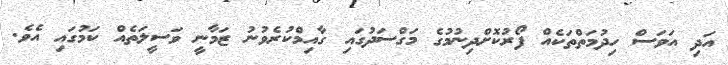
އަދި އަވަސް ހިދުމަތްތަކެއް ފޯރުކޮށްދިނުމުގެ މަގްސަދުގައި ގާއިމްކުރެވުނު ޒަމާނީ ވަސީލަތެއް ކަމުގައި އެވެ.